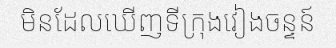
មិនដែលឃើញទីក្រុងវៀងចន្ទន៍